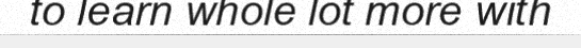
to learn whole lot more with